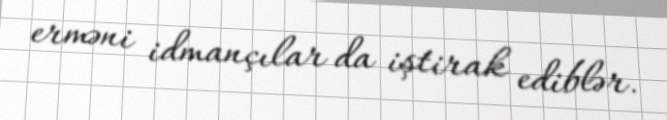
erməni idmançılar da iştirak ediblər.